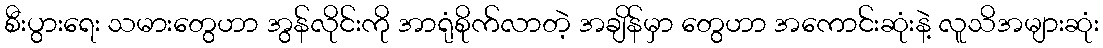
စီးပွားရေး သမားတွေဟာ အွန်လိုင်းကို အာရုံစိုက်လာတဲ့ အချိန်မှာ တွေဟာ အကောင်းဆုံးနဲ့ လူသိအများဆုံး